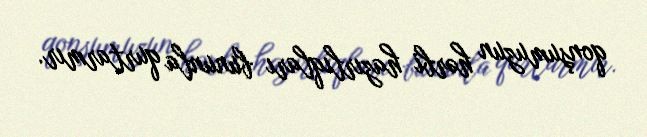
qonşumuzun hərbi hazırlıqları bununla qurtarmır.